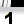
Digit: 1